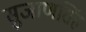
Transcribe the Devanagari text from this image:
सुजाणसिंह